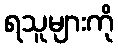
ရသူများကို